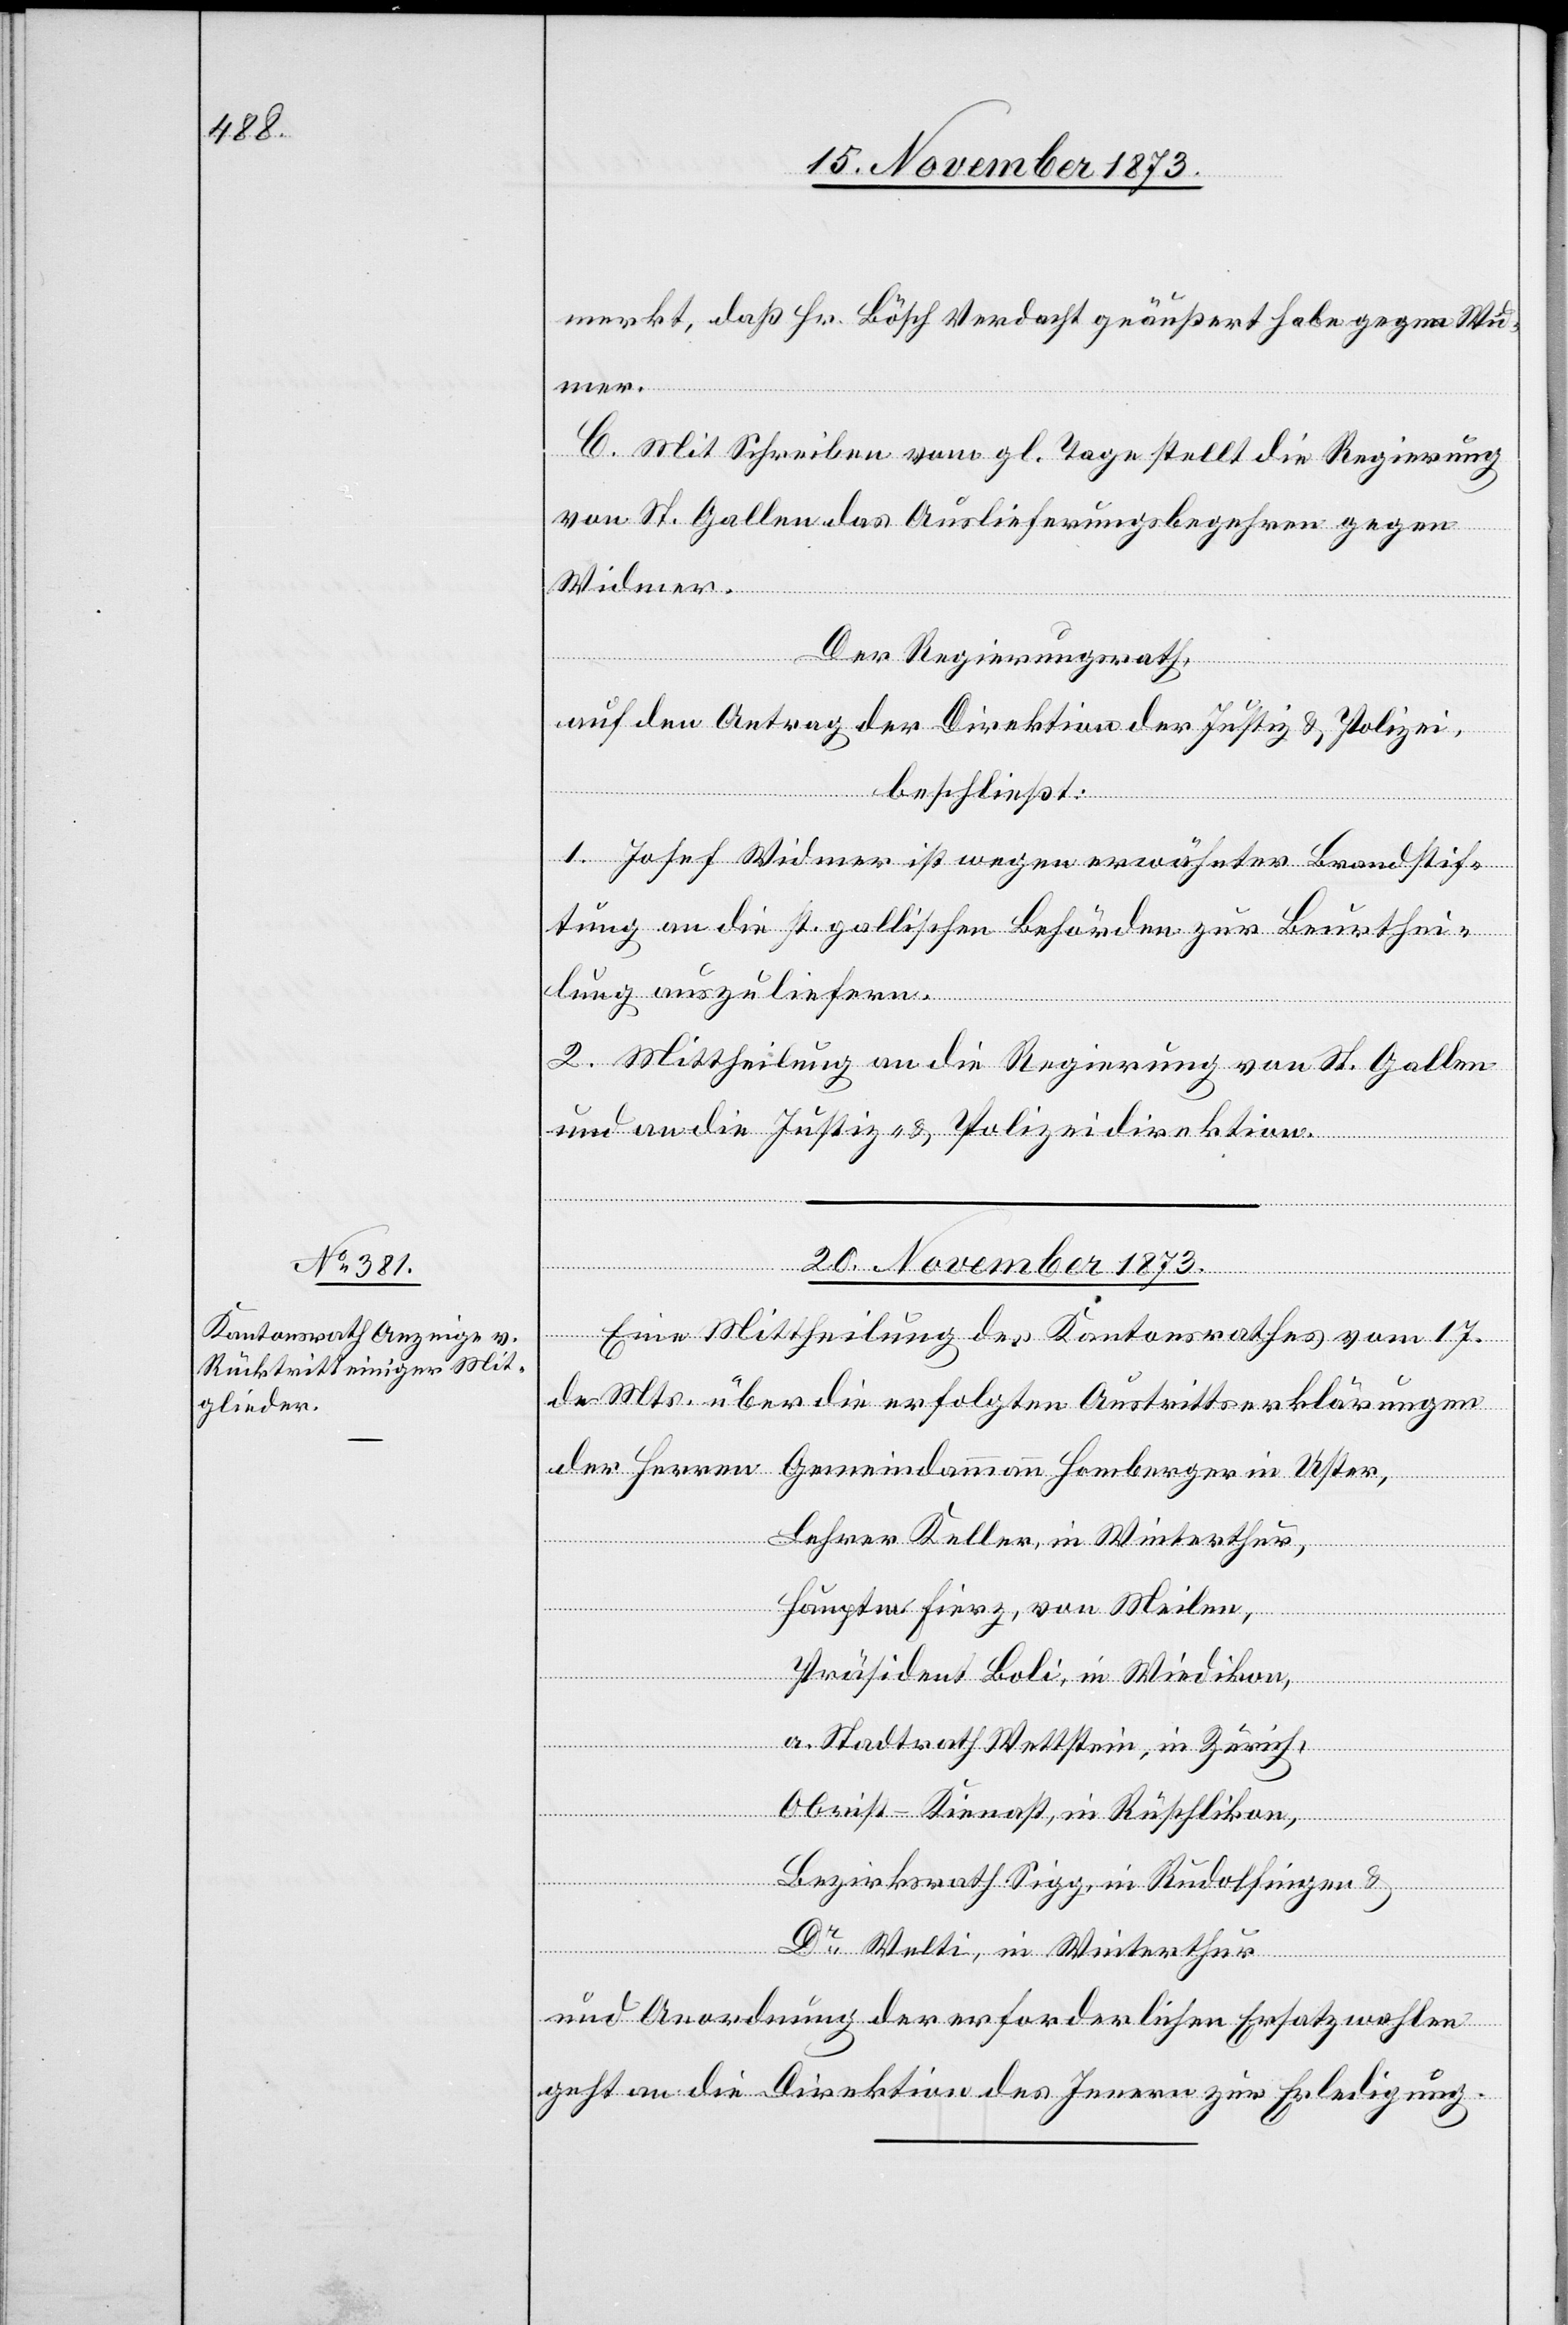
merkt, daß Hr. Bösch Verdacht geäußert habe gegen Wi¬
dmer.
C. Mit Schreiben vom gl. Tage stellt die Regierung
von St. Gallen das Auslieferungsbegehren gegen
Widmer.
Homberger
Der Regierungsrath,
auf den Antrag der Direktion der Justiz & Polizei,
beschließt:
1. Josef Widmer ist wegen erwähnter Brandstif¬
tung an die st. gallischen Behörden zur Beurthei¬
lung auszuliefern.
2. Mittheilung an die Regierung von St. Gallen
und an die Justiz- & Polizeidirektion.
Uster,
20. November 1873.
Eine Mittheilung des Kantonsrathes vom 17.
d. Mts. über die erfolgten Austrittserklärungen
Lehrer Keller, in Winterthur,
Hauptm. Fierz, von Meilen,
Präsident Boli, in Wiedikon,
a. Stadtrath Wettstein, in Zürich,
Obrist-Kienast, in Rüschlikon,
Bezirksrath Sigg, in Rudolfingen &
Dr Welti, in Winterthur
und Anordnung der erforderlichen Ersatzwahlen
geht an die Direktion des Innern zur Erledigung.